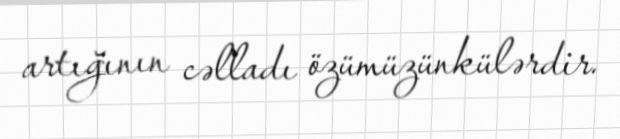
artığının cəlladı özümüzünkülərdir.